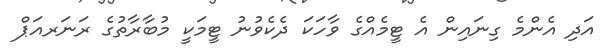
އަދި އެންމެ ގިނައިން އެ ޓީމެއްގެ ވާހަކަ ދެކެވުނު ޓީމަކީ މުބާރާތުގެ ރަނަރއަޕް